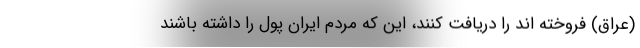
(عراق) فروخته اند را دریافت کنند، این که مردم ایران پول را داشته باشند